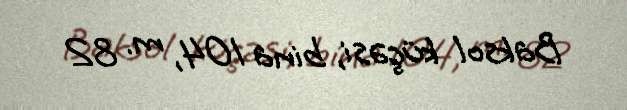
Baksol küçəsi, bina 104, m. 82